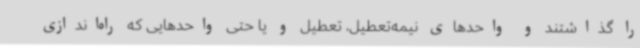
را گذاشتند و واحدهای نیمه‌تعطیل، تعطیل و یا حتی واحدهایی که راه‌اندازی